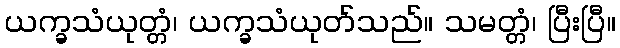
ယက္ခသံယုတ္တံ၊ ယက္ခသံယုတ်သည်။ သမတ္တံ၊ ပြီးပြီ။